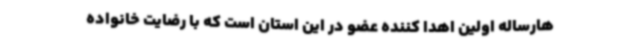
هارساله اولین اهدا کننده عضو در این استان است که با رضایت خانواده